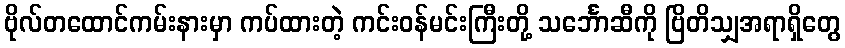
ဗိုလ်တထောင်ကမ်းနားမှာ ကပ်ထားတဲ့ ကင်းဝန်မင်းကြီးတို့ သင်္ဘောဆီကို ဗြိတိသျှအရာရှိတွေ